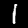
Label: 1